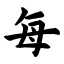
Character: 每